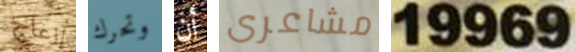
إزعاج وتحرك أن مشاعرى 19969